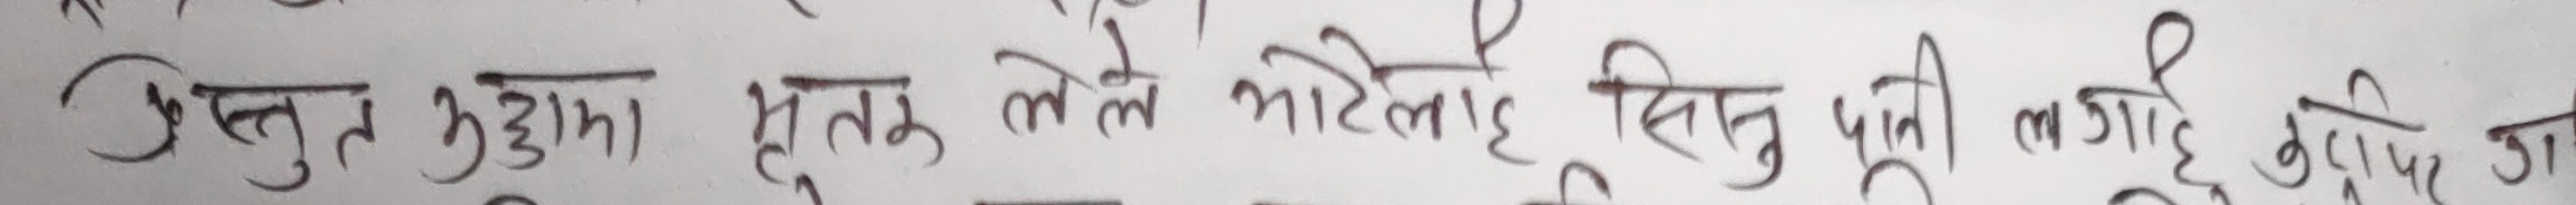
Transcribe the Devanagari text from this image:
प्रस्तुत मुद्दामा मृतकले सोहिलाई सितु पानी लगाई दिएका